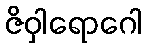
ဇိဝှါရောဂေါ